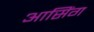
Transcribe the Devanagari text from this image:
आसिंग